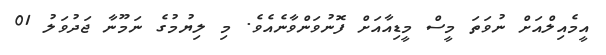
އީމެއިލްއަށް ނުވަތަ މީސް މީޑިއާއަށް ފޮނުވަންވާނެއެވެ. މި ލިޔުމުގެ ނަމޫނާ ޖަދުވަލު 01